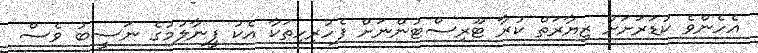
އެހެންވެ ކުޑަރަށަށް ޒިޔާރަތް ކުރާ ޓޫރިސްޓުންނަށް ފެހުރިހިތަކާ އެކު ފީނާލުމުގެ ނަސީބު ވެސް